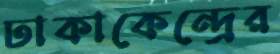
ঢাকাকেন্দ্রের